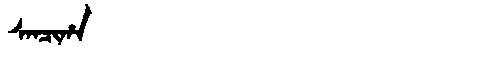
Manchu: ᠰᠠᠨᠴᡳᡥᠠ
Romanization: SANCIHA